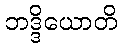
ဘဒ္ဒိယောတိ